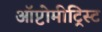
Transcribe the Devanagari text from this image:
ऑप्टोमीट्रिस्ट